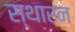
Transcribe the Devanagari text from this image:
स्थारन